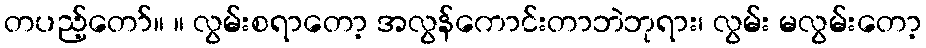
တပည့်တော်။ ။ လွမ်းစရာတော့ အလွန်ကောင်းတာဘဲဘုရား၊ လွမ်း မလွမ်းတော့